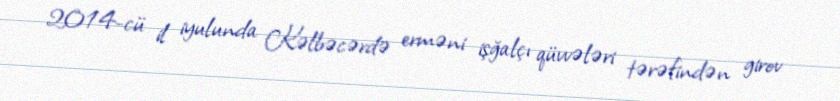
2014-cü il iyulunda Kəlbəcərdə erməni işğalçı qüvvələri tərəfindən girov